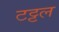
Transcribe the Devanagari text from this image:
टट्टल